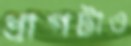
ধাপটাও